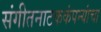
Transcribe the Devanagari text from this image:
संगीतनाटककंपन्यांचा